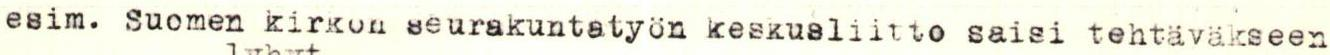
esim. Suomen kirkon seurakuntatyön keskusliitto saisi tehtäväkseen